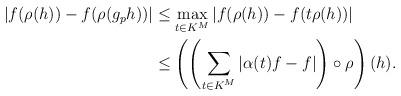
LaTeX: \begin{align*}\begin{aligned}|f(\rho(h)) - f(\rho(g_ph))| &\le \max_{t \in K^M} |f(\rho(h)) - f(t\rho(h))| \\&\le \left(\left(\sum_{t \in K^M} |\alpha(t)f-f|\right) \circ \rho \right)(h).\end{aligned}\end{align*}